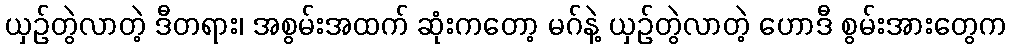
ယှဉ်တွဲလာတဲ့ ဒီတရား၊ အစွမ်းအထက် ဆုံးကတော့ မဂ်နဲ့ ယှဉ်တွဲလာတဲ့ ဟောဒီ စွမ်းအားတွေက